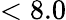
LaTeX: <8.0